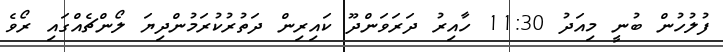
ފުލުހުން ބުނީ މިއަދު 11:30 ހާއިރު ދަރަވަންދޫ ކައިރިން ދަތުރުކުރަމުންދިޔަ ލޯންޗެއްގައި ރޯވެ